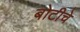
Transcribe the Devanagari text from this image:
बोटीचे